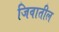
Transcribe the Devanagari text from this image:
जिवातील